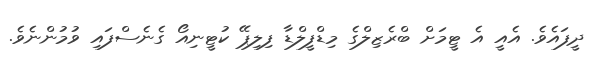
ދީފައެވެ. އެއީ އެ ޓީމަށް ބްރެޒިލްގެ މިޑްފީލްޑާ ފިލިޕޭ ކުޓީނިއޯ ގެނެސްފައި ވުމުންނެވެ.